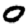
Digit: 0